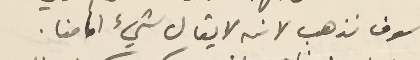
سوف نذهب لانه لا يقال شيء امامنا.